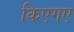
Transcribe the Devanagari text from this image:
किएगए